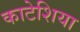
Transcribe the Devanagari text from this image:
काटेशिया